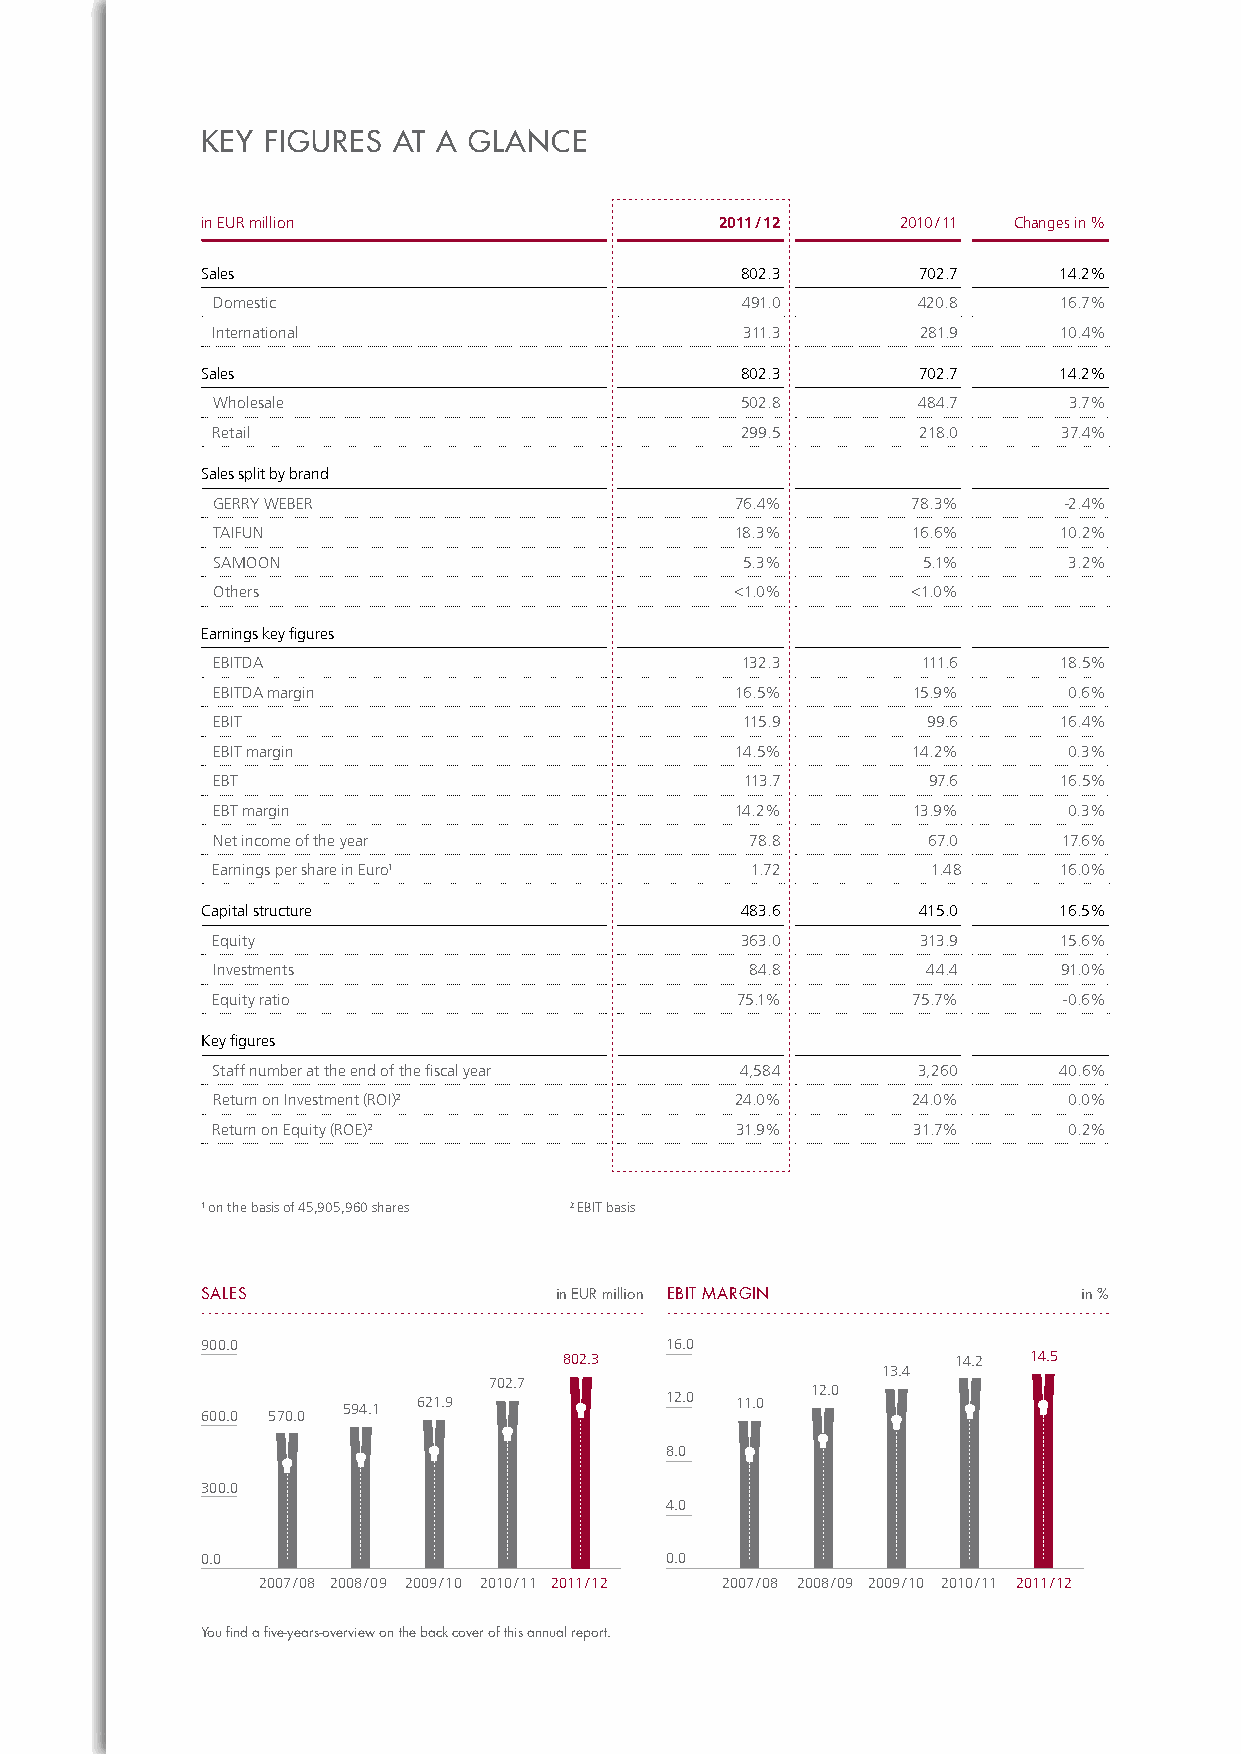
keY FIGUReS  At A GLAnce
 in EUR million                     2011 / 12   2010 / 11 Changes in %
 Sales                               802.3       702.7    14.2%
 Domestic                           491.0       420.8    16.7%
 International                      311.3       281.9    10.4%
 Sales                               802.3       702.7    14.2%
 Wholesale                          502.8       484.7     3.7%
 Retail                             299.5       218.0    37.4%
 Sales split by brand
 GERRY WEBER                        76.4%      78.3%     -2.4%
 TAIFUN                             18.3%      16.6%     10.2%
 SAMOON                             5.3%        5.1%      3.2%
 Others                             <1.0%      <1.0%
 Earnings key fi gures
 EBITDA                             132.3       111.6    18.5%
 EBITDA margin                      16.5%      15.9%      0.6%
 EBIT                               115.9       99.6     16.4%
 EBIT margin                        14.5%      14.2%      0.3%
 EBT                                113.7       97.6     16.5%
 EBT margin                         14.2%      13.9%      0.3%
 Net income of the year              78.8       67.0     17.6%
 Earnings per share in Euro1         1.72        1.48    16.0%
 Capital structure                   483.6       415.0    16.5%
 Equity                             363.0       313.9    15.6%
 Investments                         84.8       44.4     91.0%
 Equity ratio                       75.1%      75.7%     -0.6%
 Key fi gures
 Staff number at the end of the fi scal year 4,584 3,260 40.6%
 Return on Investment (ROI)2        24.0%      24.0%      0.0%
 Return on Equity (ROE)2            31.9%      31.7%      0.2%
 1 on the basis of 45,905,960 shares 2 EBIT basis
 sAles                   in euR million eBiT mARGin         in %
 900.0                          16.0
 900                            80126.3                   14.2 14.5
 13.4
 702.7
 12.0
 594.1 621.9    12    12.0 11.0
 600.0 570.0
 600
 8.0
 8
 300.0
 300
 4.0
 4
 0.0                            0.0
 0                              0
 2007 / 08 2008 / 09 2009 / 10 2010 / 11 2011 / 12 2007 / 08 2008 / 09 2009 / 10 2010 / 11 2011 / 12
 You fi nd a fi ve-years-overview on the back cover of this annual report.